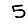
Digit: 5